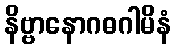
နိဗ္ဗာနောဂဓဂါမိနံ